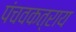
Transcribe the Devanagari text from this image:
पंचवकत्राय